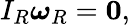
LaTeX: I_{R}{\boldsymbol{\omega}}_{R}=\mathbf{0},